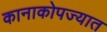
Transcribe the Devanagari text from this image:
कानाकोपज्यात